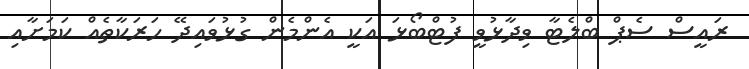
ރައީސް ސެޕް ބްލެޓާ ވިދާޅުވީ ފުޓްބޯޅަ އަކީ އެންމެން ގުޅުވައިދޭ ހަރަކާތެއް ކަމަށާއި